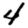
Digit: 4